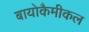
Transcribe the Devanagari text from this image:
बायोकैमीकल